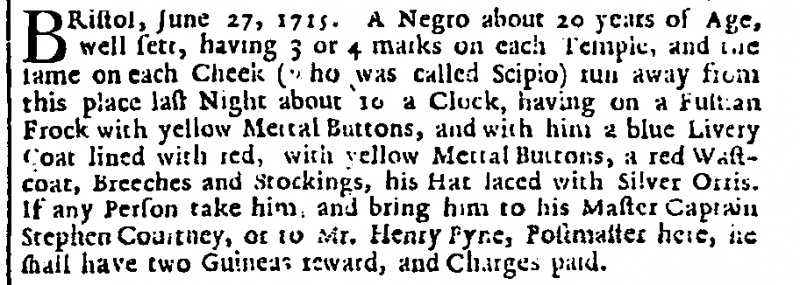
London Gazette, 5 July 1715 (England)
Bristol, June 27, 1715. A Negro about 20 years of Age, well sett, having 3 or 4 marks on each Temple, and the same on each Cheek (who was called Scipio) run away from this place last Night about 10 a Clock, having on a Fustian Frock with yellow Mettal Buttons, and with him a blue Livery Coat lined with red, with yellow Mettal Buttons, a red Wastcoat, Breeches and Stockings, his Hat laced with Silver Orris. If any Person take him, and bring him to his Master Captain Stephen Courtney, or to Mr. Henry Pyne, Postmaster here, he shall have two Guineas reward, and Charges paid.